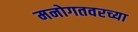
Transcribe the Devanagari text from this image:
मनोगतवरच्या